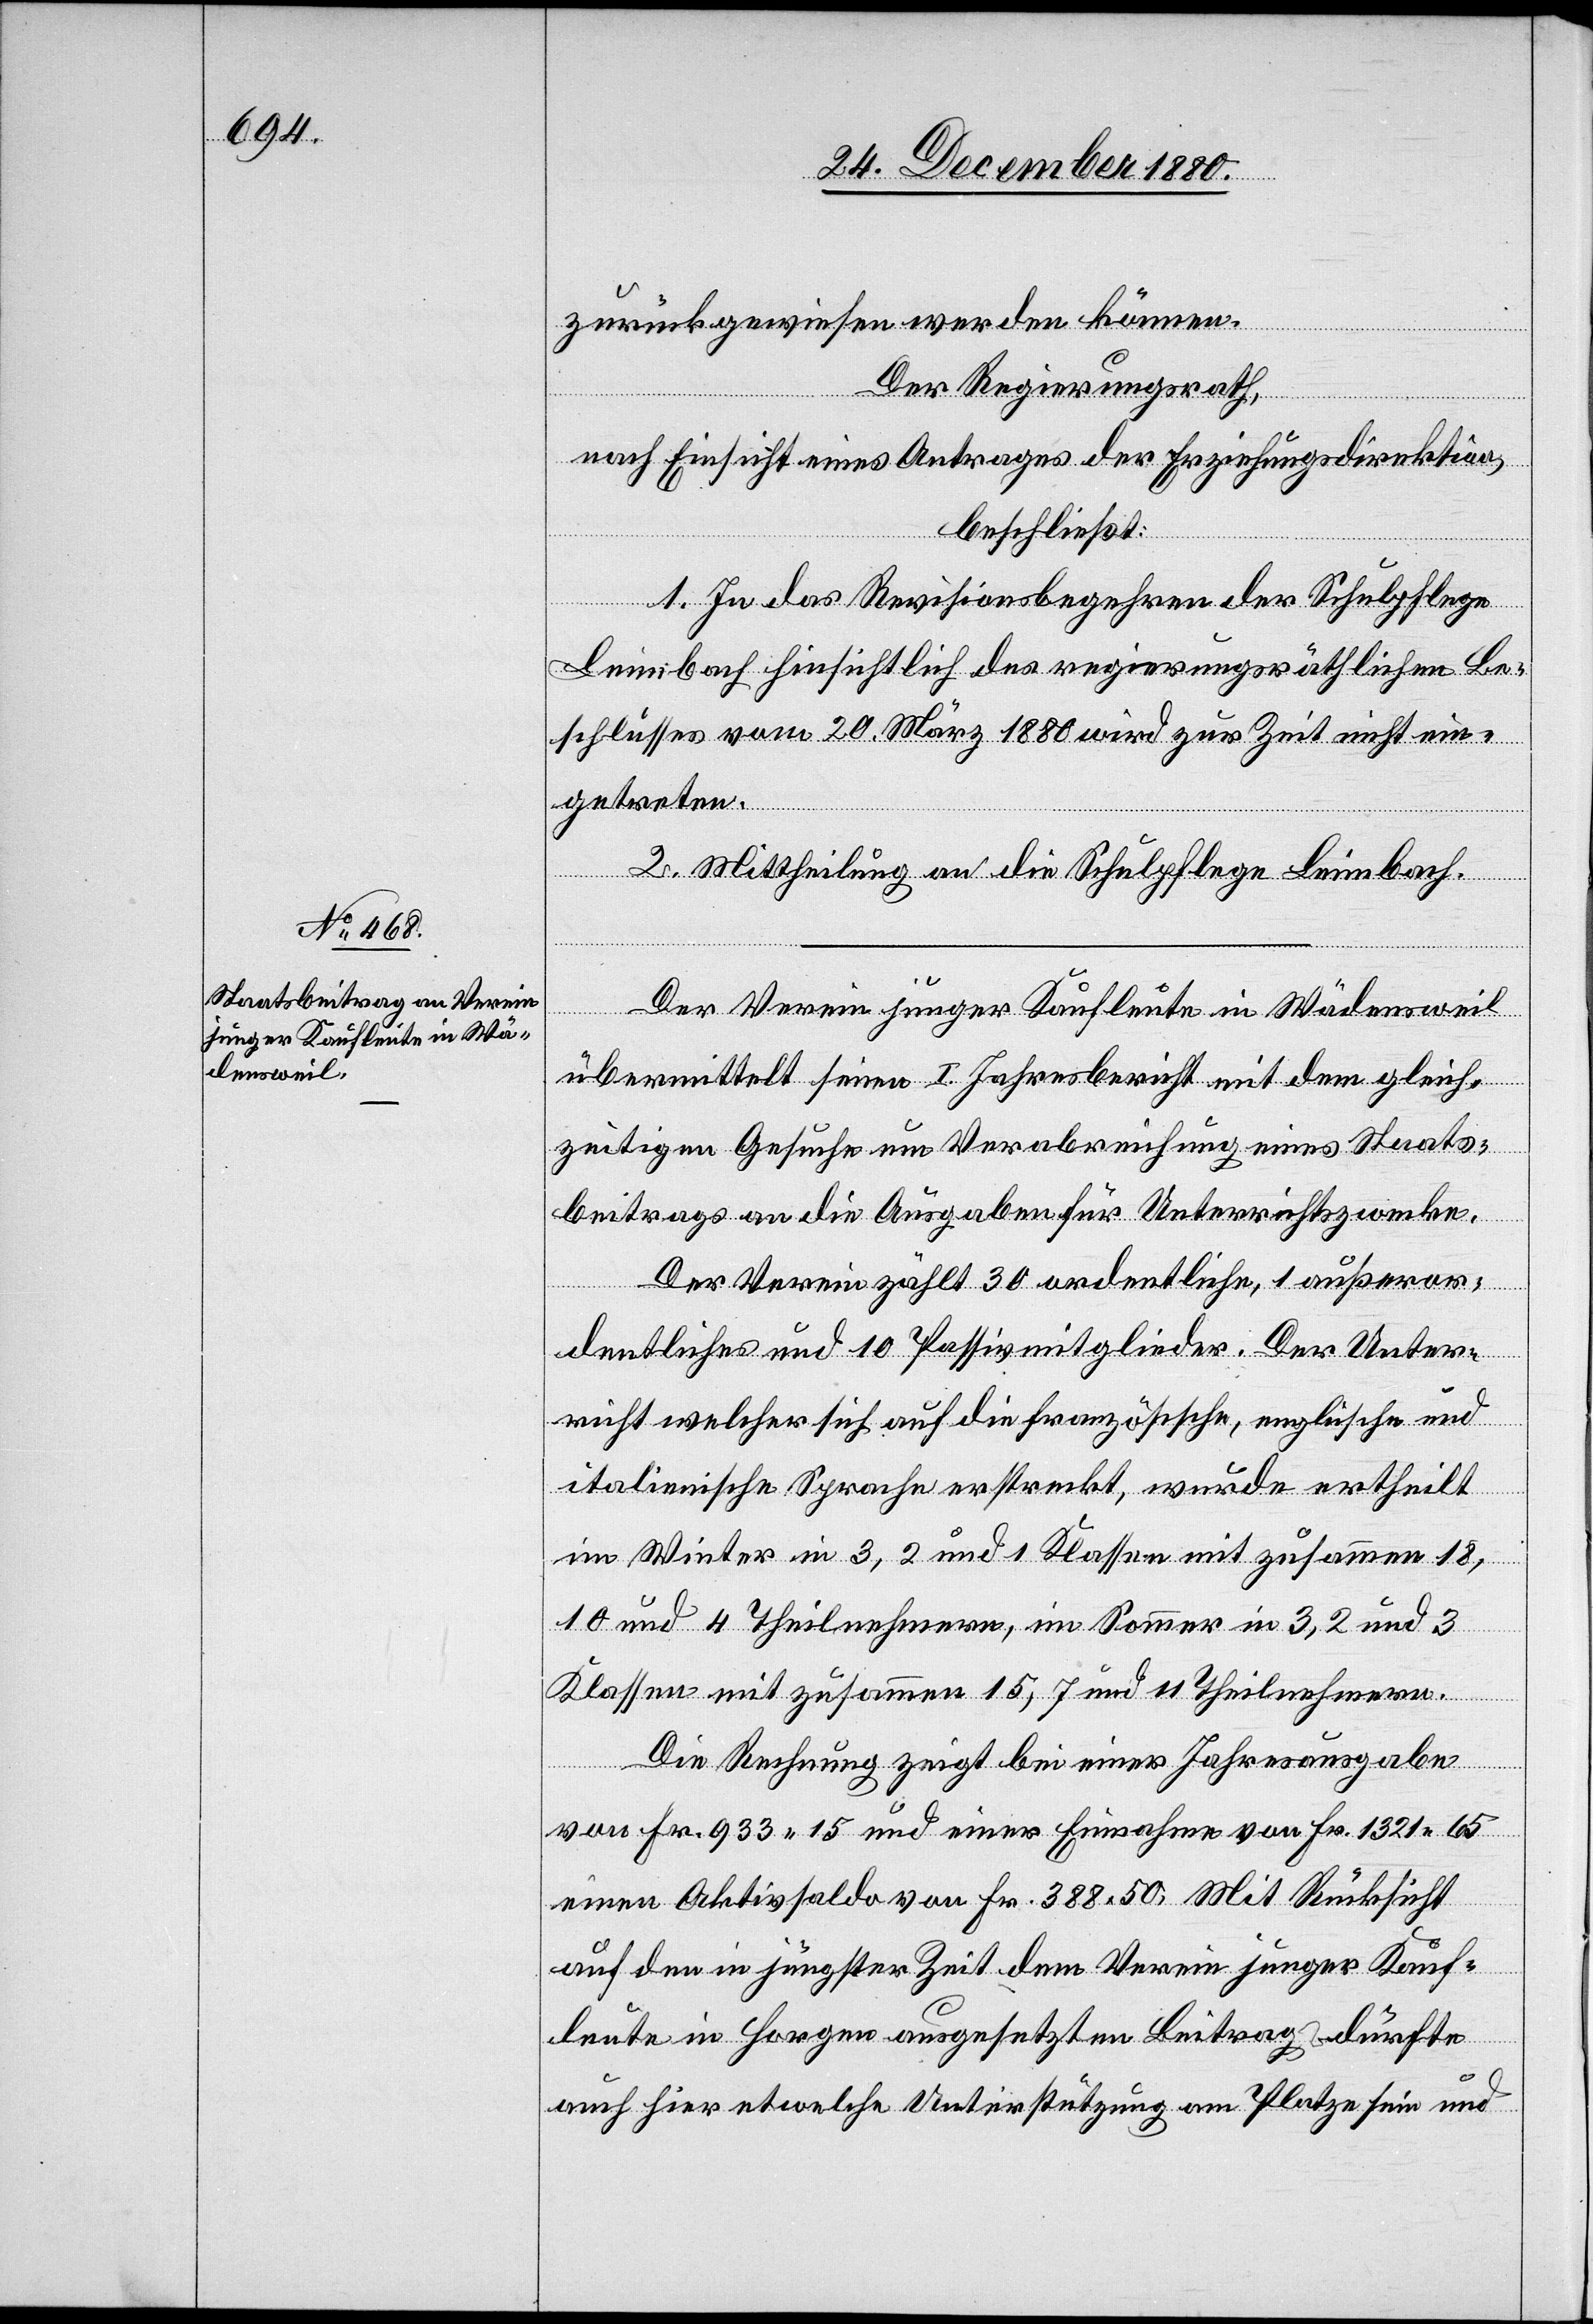
zurückgewiesen werden können.
Der Regierungsrath,
nach Einsicht eines Antrages der Erziehungsdirektion,
beschließt:
1. In das Revisionsbegehren der Schulpflege
Leimbach hinsichtlich des regierungsräthlichen Be¬
schlusses vom 20. März 1880 wird zur Zeit nicht ein¬
getreten.
2. Mittheilung an die Schulpflege Leimbach.
Der Verein junger Kaufleute in Wädensweil
übermittelt seinen I. Jahresbericht mit dem gleich¬
zeitigen Gesuche um Verabreichung eines Staats¬
beitrages an die Ausgaben für Unterrichtszwecke.
Der Verein zählt 30 ordentliche, 1 außeror¬
dentliches und 10 Passivmitglieder. Der Unter¬
richt welcher sich auf die französische, englische und
italienische Sprache erstreckt, wurde ertheilt
im Winter in 3, 2 und 1 Klassen mit zusammen 18,
10 und 4 Theilnehmern, im Sommer in 3, 2 und 3
Klassen mit zusammen 15, 7 und 11 Theilnehmern.
Die Rechnung zeigt bei einer Jahresausgabe
von Fr. 933 15 und einer Einnahme von Fr. 1321 65
einen Aktivsaldo von Fr. 388 50. Mit Rücksicht
auf den in jüngster Zeit dem Verein junger Kauf¬
leute in Horgen ausgesetzten Beitrages dürfte
auch hier etwelche Unterstützung am Platze sein und